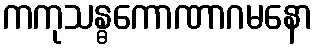
ကကုသန္ဓကောဏာဂမနော